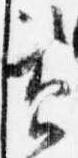
資